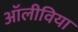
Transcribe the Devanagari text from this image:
अॉलीविया